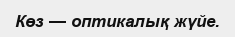
Көз — оптикалық жүйе.